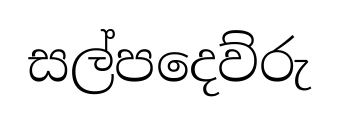
සල්පදෙව්රු